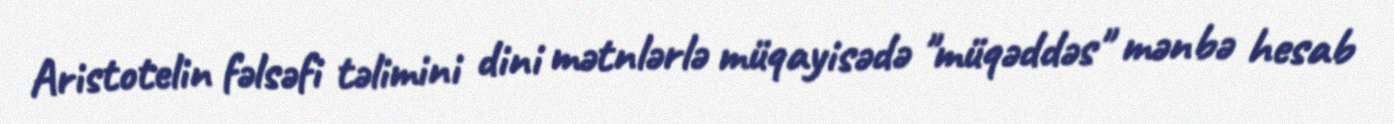
Aristotelin fəlsəfi təlimini dini mətnlərlə müqayisədə "müqəddəs" mənbə hesab